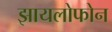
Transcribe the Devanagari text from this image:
झायलोफोन